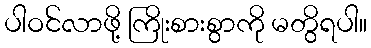
ပါဝင်လာဖို့ ကြိုးစားစွာကို မတွိရပါ။